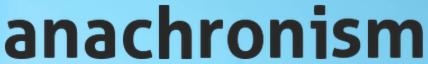
anachronism